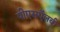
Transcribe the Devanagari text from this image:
पीएसऍलवी